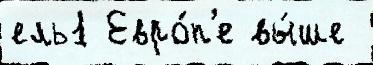
ель1 Евро́п'е вы́ше